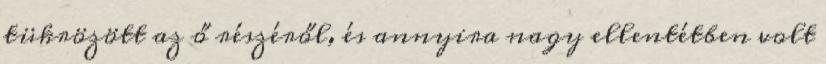
tükrözött az ő részéről, és annyira nagy ellentétben volt